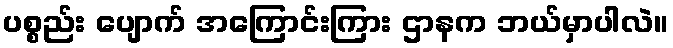
ပစ္စည်း ပျောက် အကြောင်းကြား ဌာနက ဘယ်မှာပါလဲ။